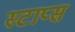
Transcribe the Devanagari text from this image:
स्टाप्स